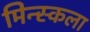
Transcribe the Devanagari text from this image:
मिन्स्कला